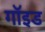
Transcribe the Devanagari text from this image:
गॉइड